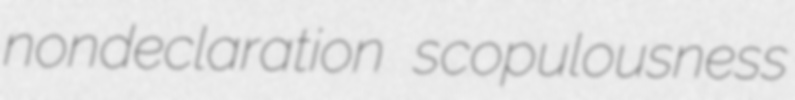
nondeclaration scopulousness